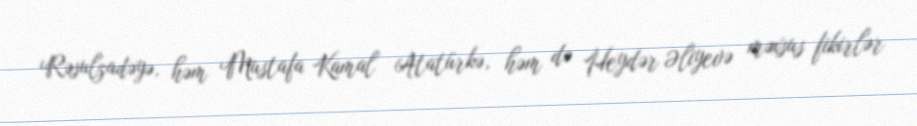
Rəsulzadəyə, həm Mustafa Kamal Atatürkə, həm də Heydər Əliyevə məxsus fikirlər